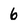
Character: 6